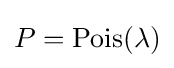
P=\operatorname {Pois} (\lambda )